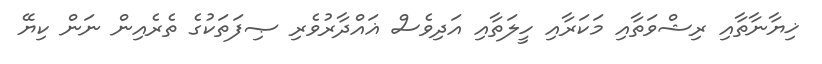
ޚިޔާނާތާއި ރިޝްވަތާއި މަކަރާއި ހީލަތާއި އަދިވެސް ޣައްދާރުވެރި ޞިފަތަކުގެ ތެރެއިން ނަން ކިޔޭ